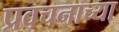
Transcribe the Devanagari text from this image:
प्रवचनाच्या